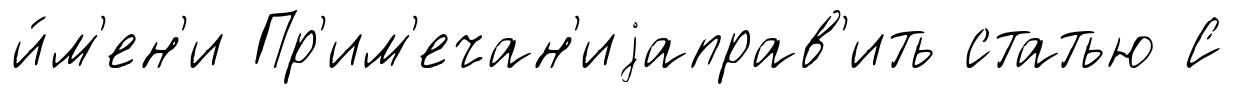
и́м'ен'и Пр'им'ечан'иjаправ'ить статью С